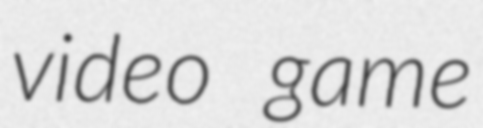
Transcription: video game